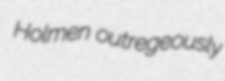
Holmen outregeously